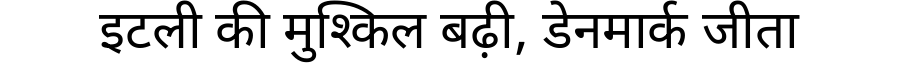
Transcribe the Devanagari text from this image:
इटली की मुश्किल बढ़ी, डेनमार्क जीता